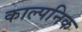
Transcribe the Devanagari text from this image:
काल्‍पनिक